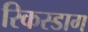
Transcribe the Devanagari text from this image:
रिकस्डाग